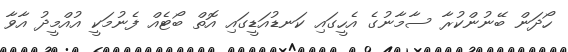
ހޯދަން ބޭނުންކުރާ ސާމާނުގެ އެހީގައި ކަނޑުއަޑީގައި އޮތް ބޯޓެއް ފެނުމަކީ އުއްމީދު އާވާ